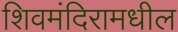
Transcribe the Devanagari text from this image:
शिवमंदिरामधील